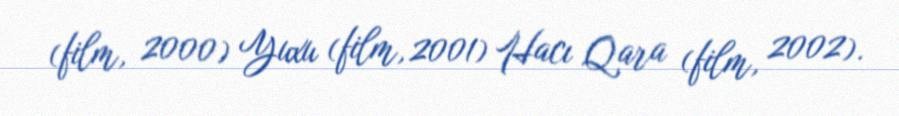
(film, 2000) Yuxu (film, 2001) Hacı Qara (film, 2002).